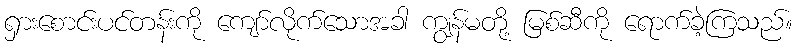
ရှားစောင်းပင်တန်းကို ကျော်လိုက်သောအခါ ကျွန်မတို့ မြစ်ဆီကို ရောက်ခဲ့ကြသည်။